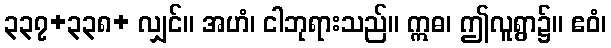
၃၃၇+၃၃၈+ လျှင်။ အဟံ၊ ငါဘုရားသည်။ ဣဓ၊ ဤလူရွာ၌။ ဧဝံ၊